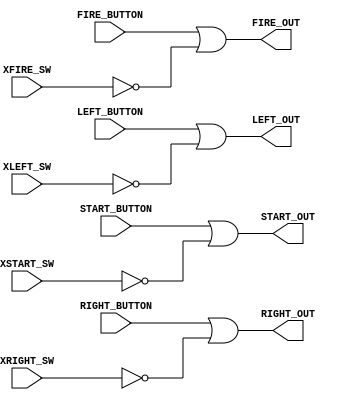
`timescale 1ns/1ns
module buttons (
	input START_BUTTON,
	input FIRE_BUTTON,
	input LEFT_BUTTON,
	input RIGHT_BUTTON,
	input XSTART_SW,
	input XFIRE_SW,
	input XLEFT_SW,
	input XRIGHT_SW,
	output START_OUT,
	output FIRE_OUT,
	output LEFT_OUT,
	output RIGHT_OUT
);

assign START_OUT = START_BUTTON | ~XSTART_SW;
assign FIRE_OUT = FIRE_BUTTON | ~XFIRE_SW;
assign LEFT_OUT = LEFT_BUTTON | ~XLEFT_SW;
assign RIGHT_OUT = RIGHT_BUTTON | ~XRIGHT_SW;

endmodule